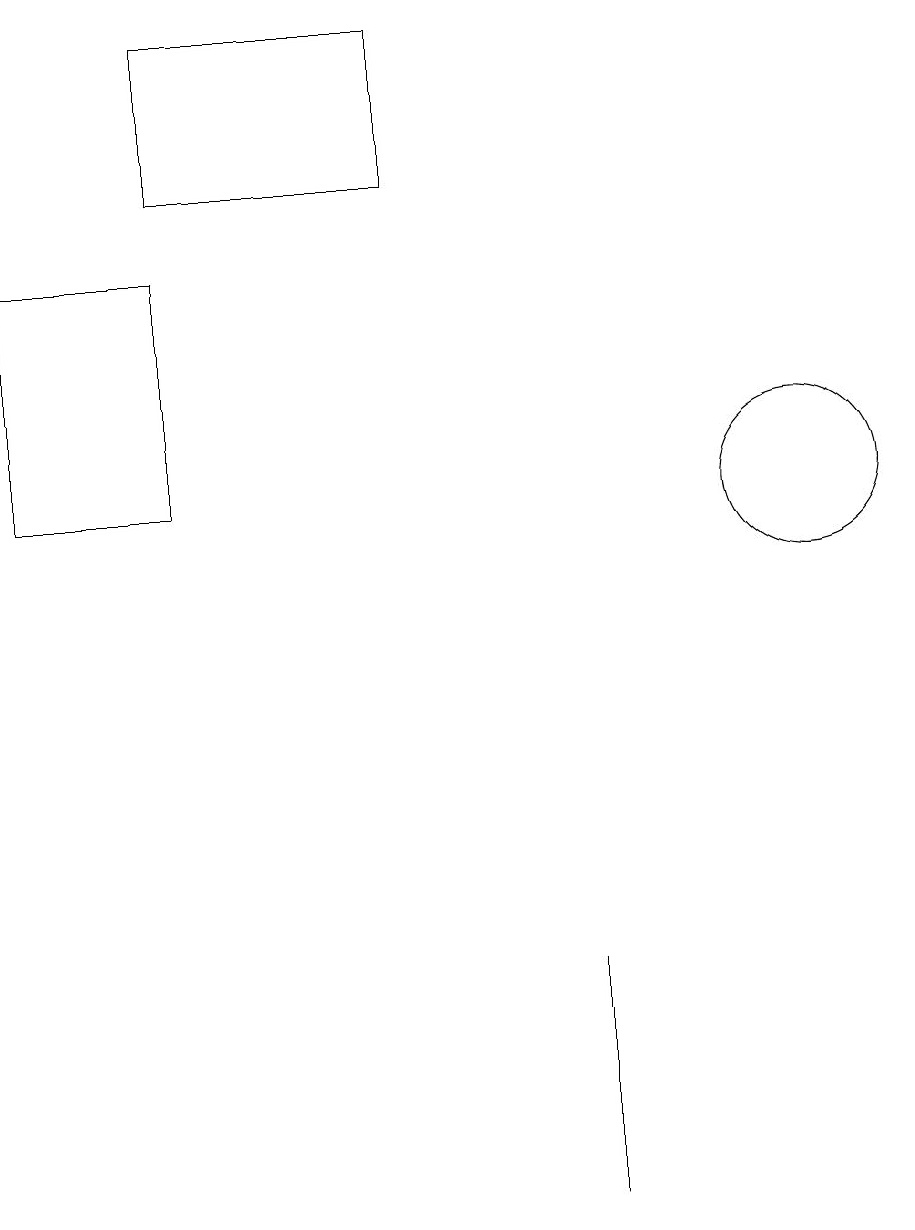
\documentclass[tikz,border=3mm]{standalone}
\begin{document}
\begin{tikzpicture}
\draw (7,3) -- (7,5) -- (7,2) -- cycle;
\draw (2,17) rectangle (5,15);
\draw (10,11) circle (1);
\draw (2,14) rectangle (0,11);
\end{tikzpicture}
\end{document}